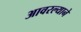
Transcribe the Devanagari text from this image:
आवरल्याने